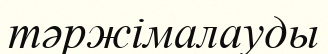
тәржімалауды